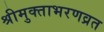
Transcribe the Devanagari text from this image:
श्रीमुक्ताभरणव्रत